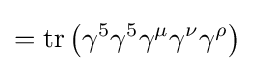
=\operatorname {tr} \left(\gamma ^{5}\gamma ^{5}\gamma ^{\mu }\gamma ^{\nu }\gamma ^{\rho }\right)